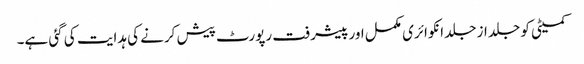
کمیٹی کو جلد از جلد انکوائری مکمل اور پیشرفت رپورٹ پیش کرنے کی ہدایت کی گئی ہے۔